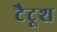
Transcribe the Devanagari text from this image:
टैटूश